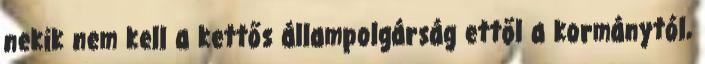
nekik nem kell a kettős állampolgárság ettől a kormánytól,